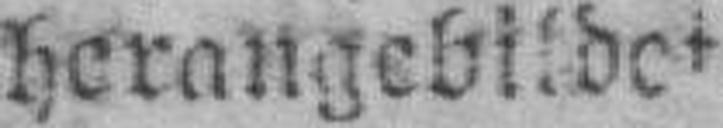
herangebildet